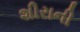
શીરાની